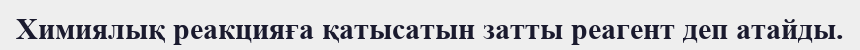
Химиялық реакцияға қатысатын затты реагент деп атайды.